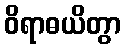
ဝိရာဓယိတွာ